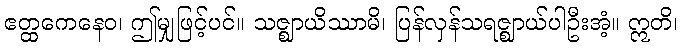
ဧတ္ထကေနေဝ၊ ဤမျှဖြင့်ပင်။ သဇ္ဈာယိဿာမိ၊ ပြန်လှန်သရဇ္ဈာယ်ပါဦးအံ့။ ဣတိ၊